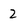
Character: 2